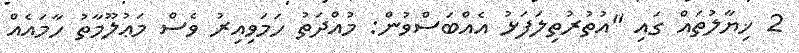
2 ޚިޔާލުތައް ގައި "އުތުރުތިލަފަޅު އެއްބަސްވުން: މުއްދަތު ހަމަވިއިރު ވެސް މަޢުލޫމާތު ހާމައެއް